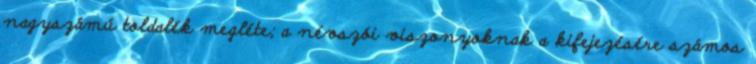
nagyszámú toldalék megléte; a névszói viszonyoknak a kifejezésére számos